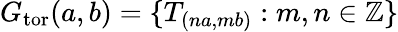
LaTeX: G_{\mathrm{tor}}(a,b)=\{ T_{(na,mb)}:m,n\in\mathbb{Z}\}